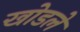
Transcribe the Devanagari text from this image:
खोडले